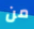
من